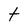
Character: t